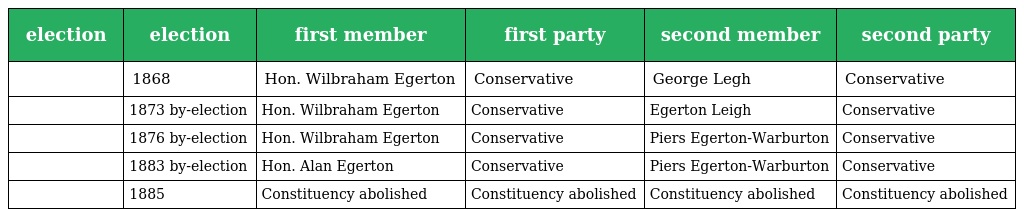
| election | election | first member | first party | second member | second party |
 | --- | --- | --- | --- | --- | --- |
 |  | 1868 | Hon. Wilbraham Egerton | Conservative | George Legh | Conservative |
 |  | 1873 by-election | Hon. Wilbraham Egerton | Conservative | Egerton Leigh | Conservative |
 |  | 1876 by-election | Hon. Wilbraham Egerton | Conservative | Piers Egerton-Warburton | Conservative |
 |  | 1883 by-election | Hon. Alan Egerton | Conservative | Piers Egerton-Warburton | Conservative |
 |  | 1885 | Constituency abolished | Constituency abolished | Constituency abolished | Constituency abolished |